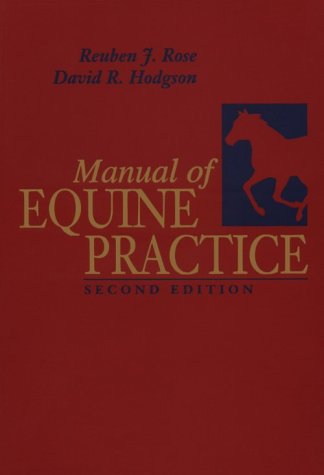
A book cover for Manual of Equine Practice, 2e; Reuben J. Rose DVSc  PhD  DipVet An  FRCVS  MACVSc; Medical Books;